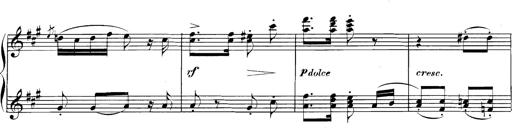
Title: Spinnerlied aus dem Fliegenden HollÃ¤nder
Composer: Franz Liszt